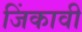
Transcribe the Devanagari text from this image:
जिंकावी